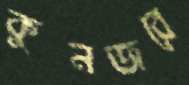
কুনজরে